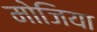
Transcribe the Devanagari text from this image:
मोजिया